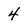
Character: 4